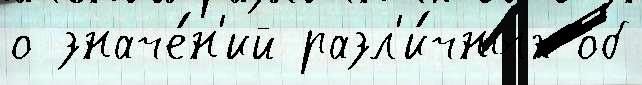
о значе́н'ий разл'и́чных об